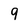
Character: 9